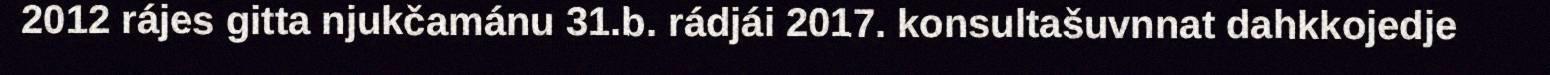
2012 rájes gitta njukčamánu 31.b. rádjái 2017. konsultašuvnnat dahkkojedje